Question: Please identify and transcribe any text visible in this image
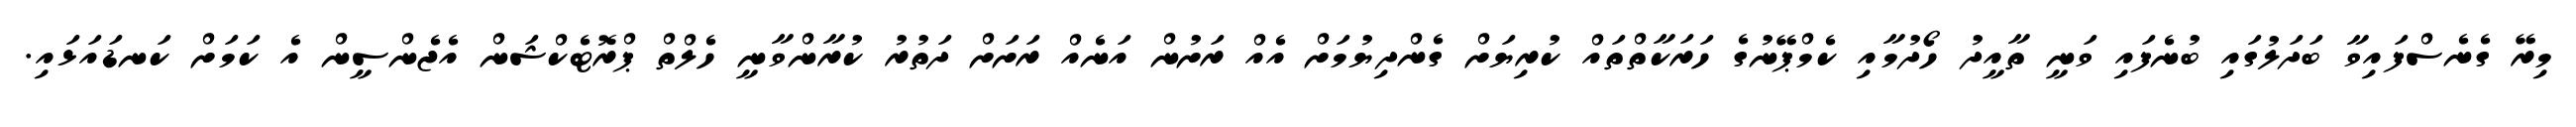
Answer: މިރޭ ގެނެސްފައިވާ ބަދަލުގައި ބުނެފައި ވަނީ ތާއީދު ހޯދުމާއި ކެމްޕޭނުގެ ހަރަކާތްތައް ކުރިޔަށް ގެންދިޔުމަށް އެއް ރަށުން އަނެއް ރަށަށް ދަތުރު ކުރާންވާނީ ހެލްތް ޕްރޮޓެކްޝަން އެޖެންސީން އެ ކަމަށް ކަނޑައަޅައި.